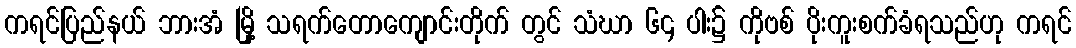
ကရင်ပြည်နယ် ဘားအံ မြို့ သရက်တောကျောင်းတိုက် တွင် သံဃာ ၆၄ ပါး၌ ကိုဗစ် ပိုးကူးစက်ခံရသည်ဟု ကရင်